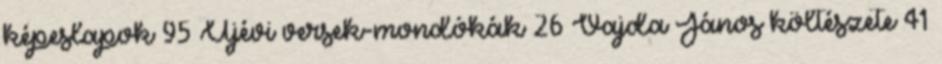
képeslapok 95 Újévi versek-mondókák 26 Vajda János költészete 41